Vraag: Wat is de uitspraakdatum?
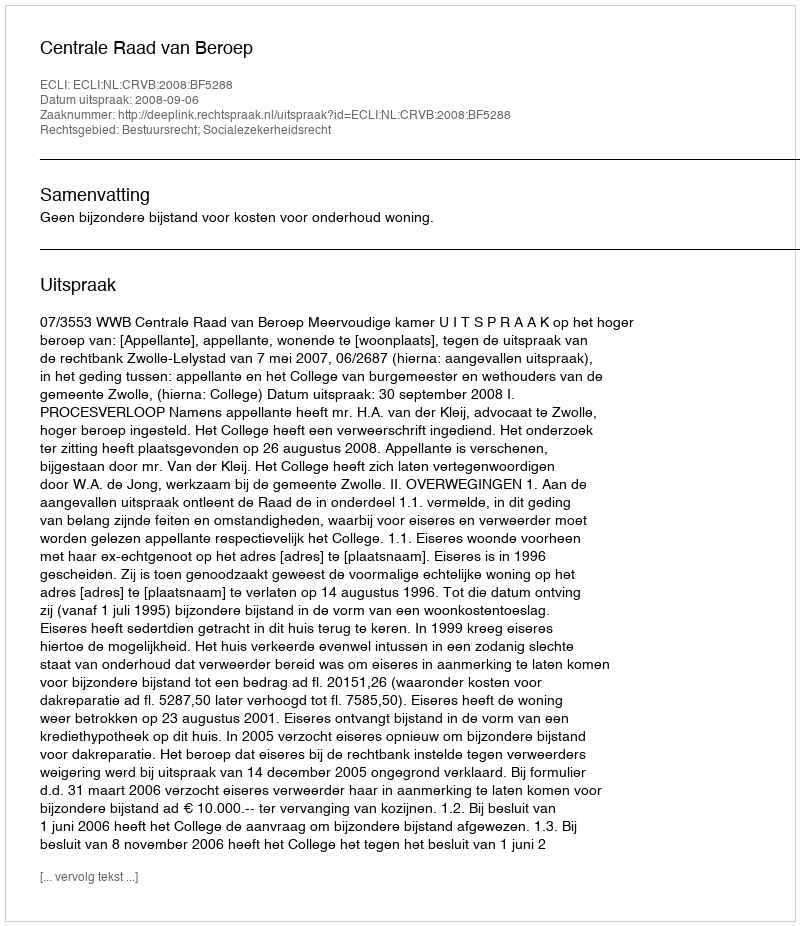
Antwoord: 2008-09-06